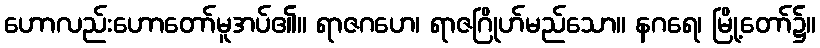
ဟောလည်းဟောတော်မူအပ်၏။ ရာဇဂဟေ၊ ရာဇဂြိုဟ်မည်သော။ နဂရေ၊ မြို့တော်၌။